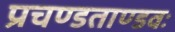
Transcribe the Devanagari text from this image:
प्रचण्डताण्डवः